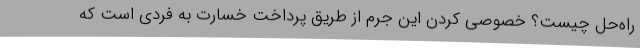
راه‌حل چیست؟ خصوصی کردن این جرم از طریق پرداخت خسارت به فردی است که